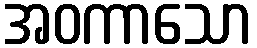
အဝကာသော